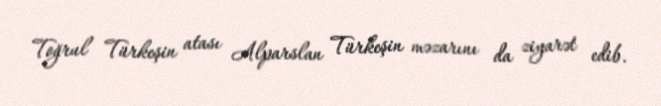
Toğrul Türkeşin atası Alparslan Türkeşin məzarını da ziyarət edib.